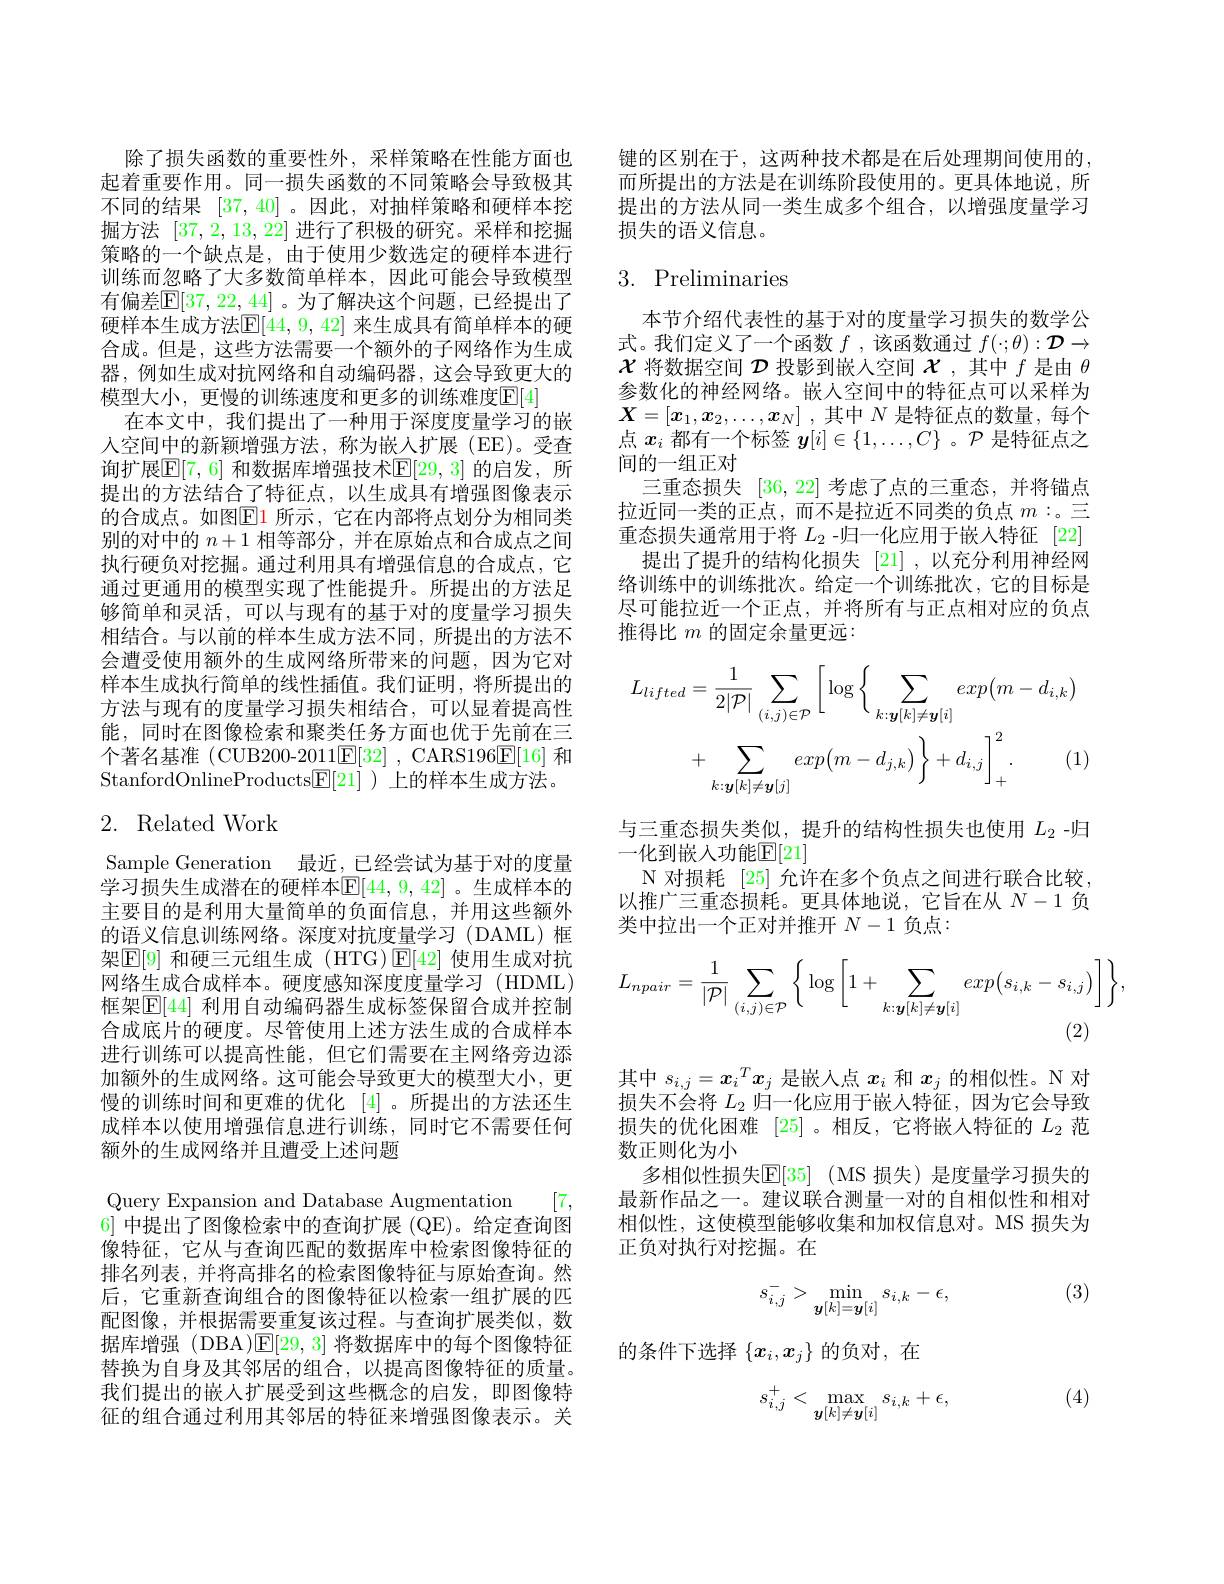
除了损失函数的重要性外，采样策略在性能方面也起着重要作用。同一损失函数的不同策略会导致极其不同的结果[37,40] 。因此，对抽样策略和硬样本挖掘方法[37,2,13,22]进行了积极的研究。采样和挖掘策略的一个缺点是，由于使用少数选定的硬样本进行训练而忽略了大多数简单样本，因此可能会导致模型有偏差$\mathbb{E}[37,22,44]$。为了解决这个问题，已经提出了硬样本生成方法$\mathbb{E}[44,9,42]$ 来生成具有简单样本的硬合成。但是，这些方法需要一个额外的子网络作为生成器，例如生成对抗网络和自动编码器，这会导致更大的模型大小，更慢的训练速度和更多的训练难度$\overline{\mathbb{E}}[4]$
在本文中，我们提出了一种用于深度度量学习的嵌人空间中的新颖增强方法，称为嵌入扩展(EE)。受查询扩展$\mathbb{E}[7,6]$ 和数据库增强技术$\mathbb{E}[29,3]$ 的启发，所提出的方法结合了特征点，以生成具有增强图像表示的合成点。如图$\boxed{\mathrm{E}}1$ 所示，它在内部将点划分为相同类别的对中的$n+1$相等部分，并在原始点和合成点之间执行硬负对挖掘。通过利用具有增强信息的合成点，它通过更通用的模型实现了性能提升。所提出的方法足够简单和灵活，可以与现有的基于对的度量学习损失相结合。与以前的样本生成方法不同，所提出的方法不会遭受使用额外的生成网络所带来的问题，因为它对样本生成执行简单的线性插值。我们证明，将所提出的方法与现有的度量学习损失相结合，可以显着提高性能，同时在图像检索和聚类任务方面也优于先前在三个著名基准 (CUB200-2011$\underline {\mathrm{E} }[ 32]$ , CARS196$\underline{\mathrm{E}}[16]$和StanfordOnlineProducts$\underline{\mathrm{E}}[21]$ )上的样本生成方法。

# 2. Related Work

Sample Generation 最近，已经尝试为基于对的度量学习损失生成潜在的硬样本$\mathbb{E}[44,9,42]$ 。生成样本的主要目的是利用大量简单的负面信息，并用这些额外的语义信息训练网络。深度对抗度量学习(DAML)框架$\boxed{\mathrm{F}[9]\text{ 和硬三元组生成 (HTG)}}\boxed{\mathrm{E}[42]}$ 使用生成对抗网络生成合成样本。硬度感知深度度量学习 (HDML) 框架$\overline{\mathbb{E}}[44]$ 利用自动编码器生成标签保留合成并控制合成底片的硬度。尽管使用上述方法生成的合成样本进行训练可以提高性能，但它们需要在主网络旁边添加额外的生成网络。这可能会导致更大的模型大小，更慢的训练时间和更难的优化 [4]。所提出的方法还生成样本以使用增强信息进行训练，同时它不需要任何额外的生成网络并且遭受上述问题
Query Expansion and Database Augmentation [7, 6] 中提出了图像检索中的查询扩展 (QE)。给定查询图像特征，它从与查询匹配的数据库中检索图像特征的排名列表，并将高排名的检索图像特征与原始查询。然后，它重新查询组合的图像特征以检索一组扩展的匹配图像，并根据需要重复该过程。与查询扩展类似，数据库增强 (DBA)$\mathbb{E}[29,3]$将数据库中的每个图像特征替换为自身及其邻居的组合，以提高图像特征的质量。我们提出的嵌入扩展受到这些概念的启发，即图像特征的组合通过利用其邻居的特征来增强图像表示。关

键的区别在于，这两种技术都是在后处理期间使用的， 而所提出的方法是在训练阶段使用的。更具体地说，所提出的方法从同一类生成多个组合，以增强度量学习损失的语义信息。

## 3. Preliminaries

本节介绍代表性的基于对的度量学习损失的数学公式。我们定义了一个函数$f$,该函数通过$f(\cdot;\theta):\mathcal{D}\to$ $\mathcal{X}$将数据空间$\mathcal{D}$投影到嵌入空间$\mathcal{X}$ ,其中$f$是由$\theta$ 参数化的神经网络。嵌人空间中的特征点可以采样为$\boldsymbol{X}= [ x_1, x_2, \ldots , x_N]$ ,其中$N$是特征点的数量，每个点$x_i$都有一个标签$y[i]\in\{1,\ldots,C\}$ 。$\mathcal{P}$是特征点之间的一组正对
三重态损失[36,22]考虑了点的三重态，并将锚点拉近同一类的正点，而不是拉近不同类的负点$m:$。三重态损失通常用于将$L_{2}$ -归一化应用于嵌人特征 [22]
提出了提升的结构化损失 [21] ,以充分利用神经网络训练中的训练批次。给定一个训练批次，它的目标是尽可能拉近一个正点，并将所有与正点相对应的负点推得比$m$的固定余量更远：
$$\begin{aligned}L_{lifted}&=\frac{1}{2|\mathcal{P}|}\sum_{(i,j)\in\mathcal{P}}\bigg[\log\bigg\{\sum_{k:\boldsymbol{y}[k]\neq\boldsymbol{y}[i]}exp\big(m-d_{i,k}\big)\\&+\sum_{k:\boldsymbol{y}[k]\neq\boldsymbol{y}[j]}exp\big(m-d_{j,k}\big)\bigg\}+d_{i,j}\bigg]_{+}^{2}.\end{aligned}$$
与三重态损失类似，提升的结构性损失也使用$L_{2}$ -归
一化到嵌入功能$\mathbb{E}[21]$
$\mathcal{N}$对损耗 [25] 允许在多个负点之间进行联合比较， 以推广三重态损耗。更具体地说，它旨在从$N-1$负类中拉出一个正对并推开$N-1$负点：
$$L_{npair}=\frac{1}{|\mathcal{P}|}\sum_{(i,j)\in\mathcal{P}}\bigg\{\log\bigg[1+\sum_{k:\boldsymbol{y}[k]\neq\boldsymbol{y}[i]}exp\big(s_{i,k}-s_{i,j}\big)\bigg]\bigg\},$$
(2)

其中$s_{i,j}=x_i^Tx_j$是嵌入点$x_i$和$x_j$的相似性。N 对损失不会将$L_2$归一化应用于嵌人特征，因为它会导致损失的优化困难[25] 。相反，它将嵌人特征的$L_{2}$范数正则化为小
多相似性损失$\mathbb{E} [ 35]$ (MS 损失)是度量学习损失的最新作品之一。建议联合测量一对的自相似性和相对相似性，这使模型能够收集和加权信息对。MS 损失为正负对执行对挖掘。在

(3)
$$s_{i,j}^->\min_{\boldsymbol{y}[k]=\boldsymbol{y}[i]}s_{i,k}-\epsilon,$$
的条件下选择$\{x_i,\boldsymbol{x}_j\}$的负对，在

(4)
$$s_{i,j}^+<\max_{\boldsymbol{y}[k]\neq\boldsymbol{y}[i]}s_{i,k}+\epsilon,$$